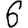
Digit: 6